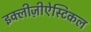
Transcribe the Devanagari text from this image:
इक्लीज़ीऐस्टिकल